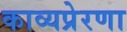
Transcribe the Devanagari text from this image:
काव्यप्रेरणा